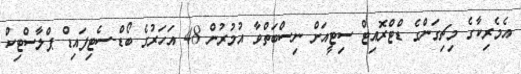
އެމެރިކާގެ މިޗިގަންގެ ޑްޓްރޮއިޓް ސިޓީއަށް ނިސްބަތްވާ އުމުރުން 48 އަހަރުގެ ބޯޑް-ސެޓިފައިޑް ޕްލާސްޓިކް